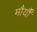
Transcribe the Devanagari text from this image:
मौर्यौं